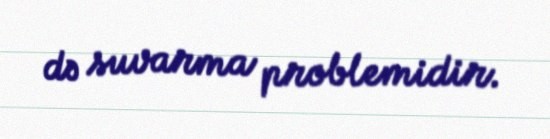
də suvarma problemidir.